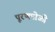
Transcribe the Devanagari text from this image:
पूरणपोळी